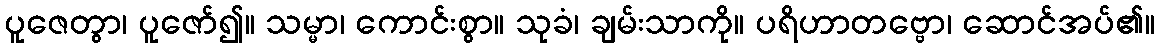
ပူဇေတွာ၊ ပူဇော်၍။ သမ္မာ၊ ကောင်းစွာ။ သုခံ၊ ချမ်းသာကို။ ပရိဟာတဗ္ဗော၊ ဆောင်အပ်၏။